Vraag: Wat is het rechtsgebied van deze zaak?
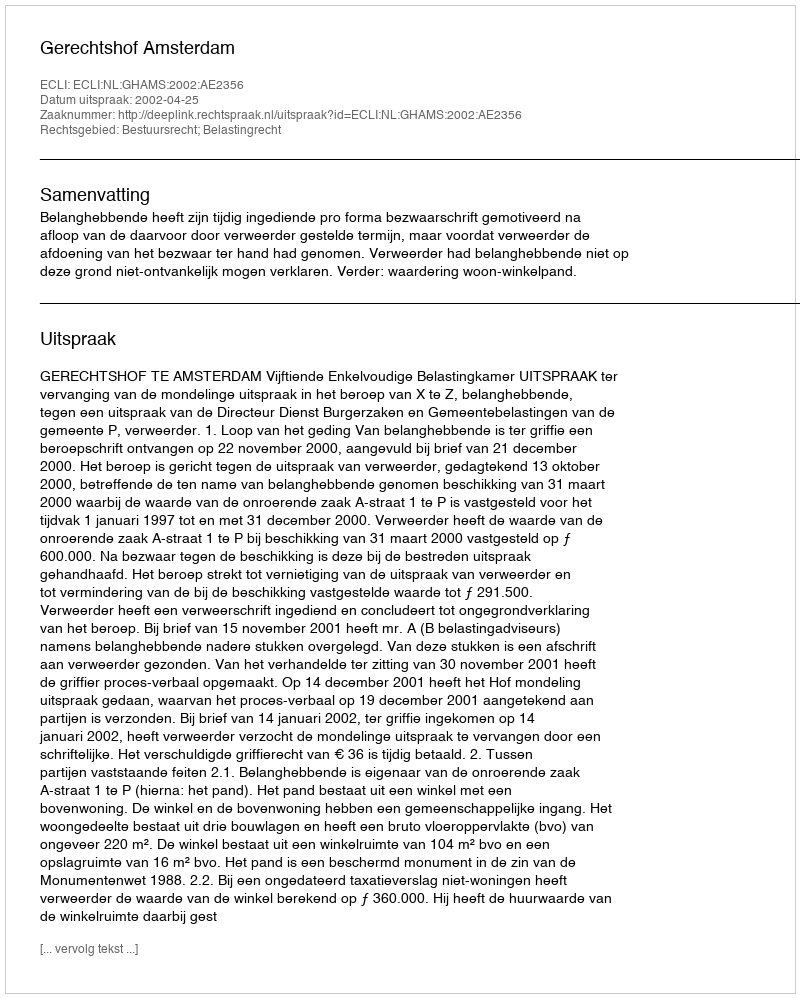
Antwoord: Bestuursrecht; Belastingrecht